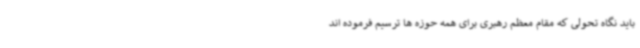
باید نگاه تحولی که مقام معظم رهبری برای همه حوزه ها ترسیم فرموده اند